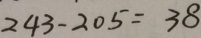
2 4 3 - 2 0 5 = 3 8